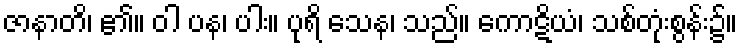
ဇာနာတိ၊ ၏။ ဝါ ပန၊ ပါး။ ပုရိ သေန၊ သည်။ ကောဋိယံ၊ သစ်တုံးစွန်း၌။